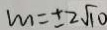
m = \pm 2 \sqrt { 1 0 }